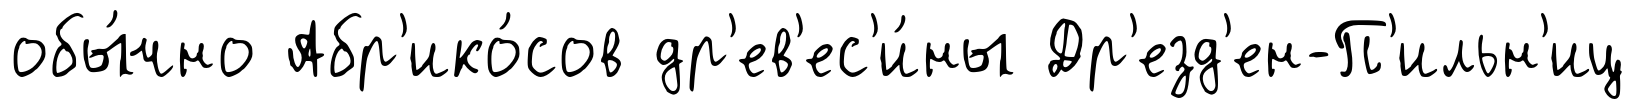
обы́чно Абр'ико́сов др'ев'ес'и́ны Др'езд'ен-П'ильн'иц